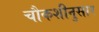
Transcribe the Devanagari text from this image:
चौकशीनुसार